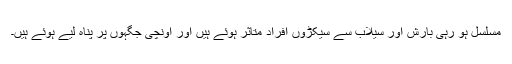
مسلسل ہو رہی بارش اور سیلاب سے سیکڑوں افراد متاثر ہوئے ہیں اور اونچی جگہوں پر پناہ لیے ہوئے ہیں۔